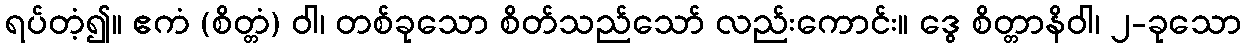
ရပ်တံ့၍။ ဧကံ (စိတ္တံ) ဝါ၊ တစ်ခုသော စိတ်သည်သော် လည်းကောင်း။ ဒွေ စိတ္တာနိဝါ၊ ၂-ခုသော